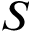
S